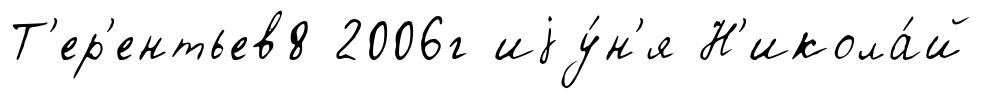
Т'ер'ентьев8 2006г иjу́н'я Н'икола́й